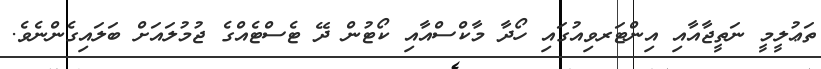
ތަޢުލީމީ ނަތީޖާއާއި އިންޓަރވިއުގައި ހޯދާ މާކްސްއާއި ކޯޓުން ދޭ ޓެސްޓެއްގެ ޖުމުލައަށް ބަލައިގެންނެވެ.